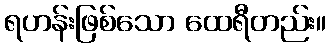
ရဟန်းဖြစ်သော ထေရီတည်း။